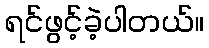
ရင်ဖွင့်ခဲ့ပါတယ်။